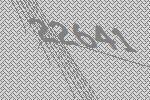
22641